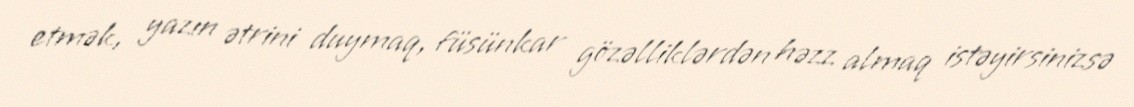
etmək, yazın ətrini duymaq, füsünkar gözəlliklərdən həzz almaq istəyirsinizsə